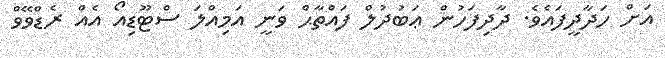
އަށް ހަދާދީފައެވެ. ދާދިފަހުން ޢަބުދުލް ފައްތާޙް ވަނީ އަމިއްލަ ސްޓޫޑިއޯ އެއް ރެޑްވޭވް